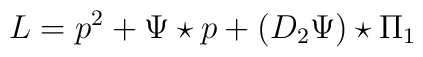
L = p^{2} + \Psi\star p + (D_{2}\Psi)\star \Pi_{1}